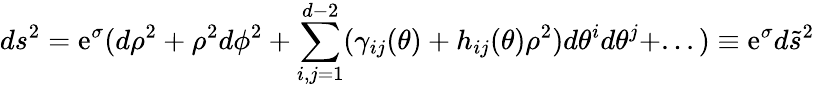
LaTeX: ds^{2}=\mathrm{e}^{\sigma}(d\rho^{2}+\rho^{2}d\phi^{2}+\sum_{i,j=1}^{d-2}(\gamma_{ij}(\theta)+h_{ij}(\theta)\rho^{2})d\theta^{i}d\theta^{j}+...)\equiv\mathrm{e}^{\sigma}d\tilde{{s}}^{2}